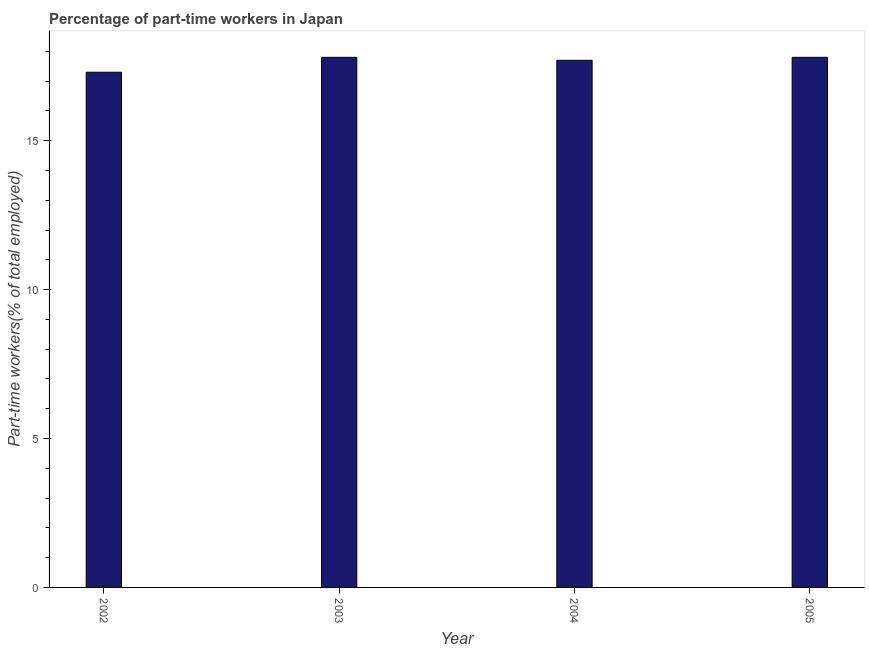
| Year | Part time employment |
 | --- | --- |
 | 2002 | 17.3 |
 | 2003 | 17.8 |
 | 2004 | 17.7 |
 | 2005 | 17.8 |